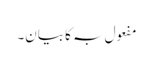
مفعول بہ کا بیان۔